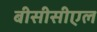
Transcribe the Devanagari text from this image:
बीसीसीएल